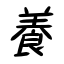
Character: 養